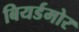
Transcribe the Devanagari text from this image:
बियर्डमोर